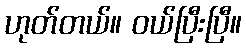
ဟုတ်တယ်။ ဝယ်ပြီးပြီ။